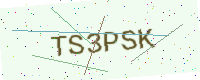
Text: TS3PSK